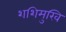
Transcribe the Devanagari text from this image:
शशिमुखि